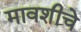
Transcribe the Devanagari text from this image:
मावशीचे